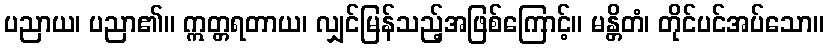
ပညာယ၊ ပညာ၏။ ဣတ္တရတာယ၊ လျှင်မြန်သည့်အဖြစ်ကြောင့်။ မန္တိတံ၊ တိုင်ပင်အပ်သော။